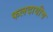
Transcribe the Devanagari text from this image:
फलदायीच